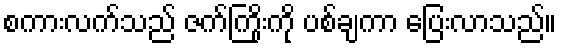
စကားလက်သည် ဇက်ကြိုးကို ပစ်ချကာ ပြေးလာသည်။